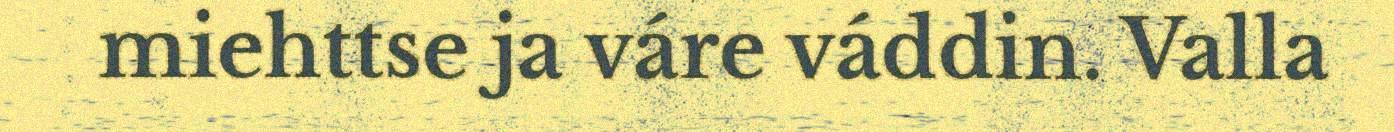
miehttse ja váre váddin. Valla